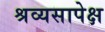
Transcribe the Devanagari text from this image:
श्रव्यसापेक्ष